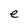
Character: e